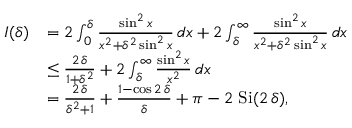
\begin{array} { r l } { I ( \delta ) } & { = 2 \int _ { 0 } ^ { \delta } \frac { \sin ^ { 2 } x } { x ^ { 2 } + \delta ^ { 2 } \sin ^ { 2 } x } \, d x + 2 \int _ { \delta } ^ { \infty } \frac { \sin ^ { 2 } x } { x ^ { 2 } + \delta ^ { 2 } \sin ^ { 2 } x } \, d x } \\ & { \le \frac { 2 \, \delta } { 1 + \delta ^ { 2 } } + 2 \int _ { \delta } ^ { \infty } \frac { \sin ^ { 2 } x } { x ^ { 2 } } \, d x } \\ & { = \frac { 2 \, \delta } { \delta ^ { 2 } + 1 } + \frac { 1 - \cos 2 \, \delta } { \delta } + { \pi - 2 \, \operatorname { S i } ( 2 \, \delta ) } , } \end{array}